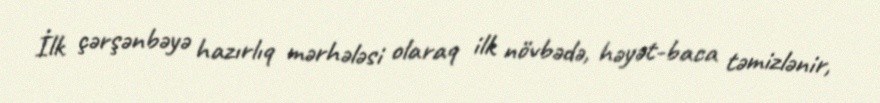
İlk çərşənbəyə hazırlıq mərhələsi olaraq ilk növbədə, həyət-baca təmizlənir,